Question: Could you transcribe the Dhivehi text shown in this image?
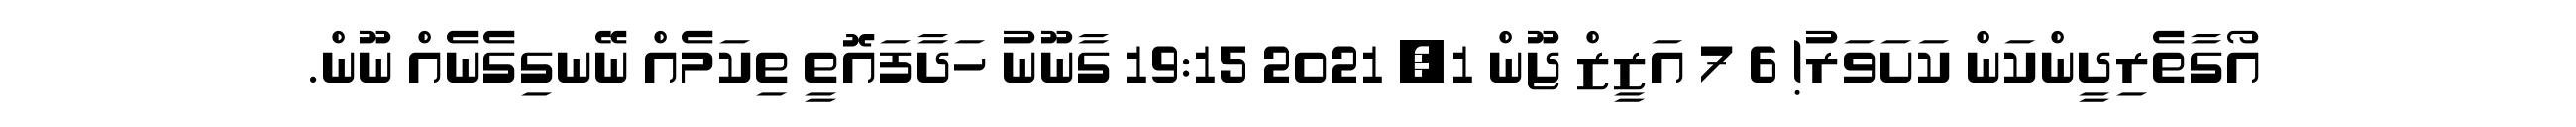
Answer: އޯގާތެރިދީންކަން ކަށަވަރު! 6 7 އަޒީޒް ޖޫން 1, 2021 19:15 ގާނޫނު ހަދާފައޮތީ ތިކަމެއް ނޭނގިގެނެއް ނޫން.